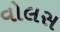
વોલસ